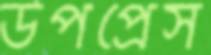
উপপ্রেস